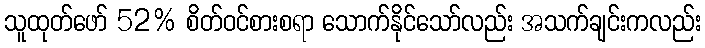
သူထုတ်ဖော် 52% စိတ်ဝင်စားစရာ သောက်နိုင်သော်လည်း အသက်ချင်းကလည်း